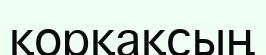
қорқақсың